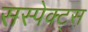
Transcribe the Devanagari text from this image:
सस्पेक्ट्स